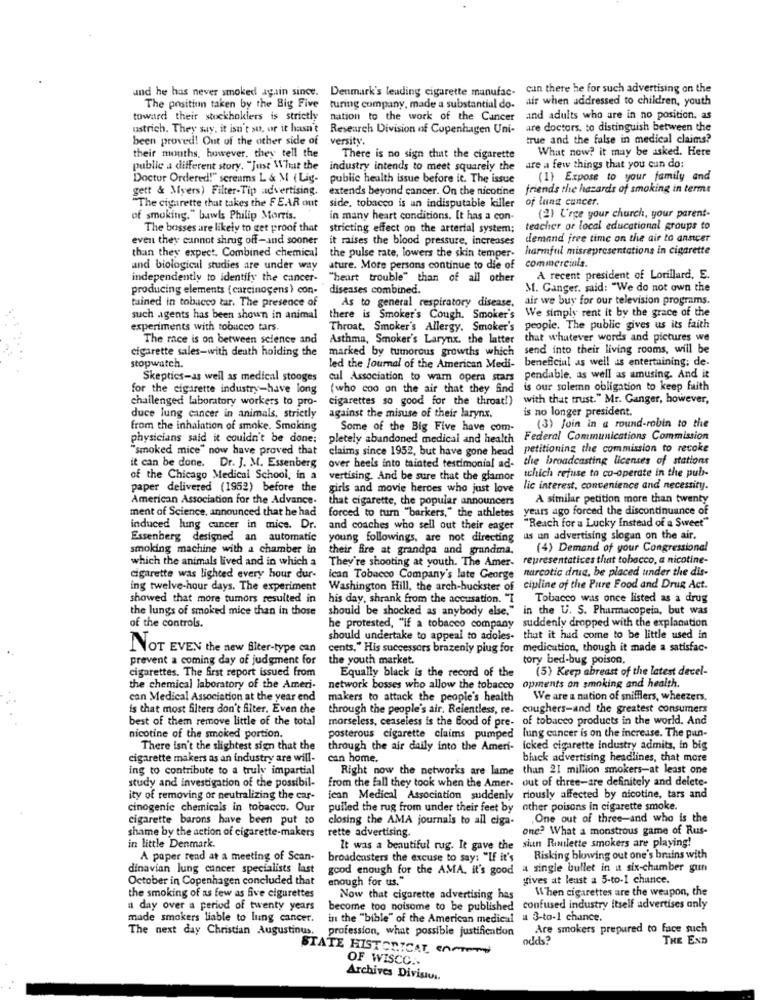
und he has never smoked again since.
Denmark's leading cigarette manufac-
can there he for such advertising on the
air when addressed to children, youth
The position taken by the Big Five
turing company, made a substantial do-
toward their stockholders is strictly
nation to the work of the Cancer
and adults who are in no position, as
ostrich. They say, it isn't so, or it hasn't
Research Division of Copenhagen Uni-
are doctors, to distinguish between the
been proved! Out of the other side of
versity.
true and the false in medical claims?
their mouths, however, they tell the
What now? it may be asked. Here
There is no sign that the cigarette
public a different story. "Just What the
industry intends to meet squarely the are a few things that you can do:
Doctor Ordered!" screams L & M ( Lig-
public health issue before it. The issue
(1} Expose to your family and
gett & Myers) Filter-Tip advertising.
extends beyond cancer. On the nicotine friends the hazards of smoking in terms
"The cigarette that takes the FEAR out
side, tobacco is un indisputable killer
of lung cancer.
of smoking." bawls Philip Morris.
in many heart conditions. It has a con-
(2) Urge your church, your parent-
The bosses are likely to get proof that
stricting effect on the arterial system;
teacher or local educational groups to
even they cannot shrug off-and sooner
it raises the blood pressure, increases
demand free time on the air to ansicer
than they expect. Combined chemical
harmful misrepresentations in cigarette
the pulse rate, lowers the skin temper-
commerciula.
and biological studies are under way
ature. More persons continue to die of
independently to identify the cancer-
"heart trouble" than of all other
A recent president of Lorillard, E.
producing elements ( carcinogens) con-
diseases combined.
M. Ganger. said: "We do not own the
tained in tobacco tar. The presence of
As to general respiratory disease.
air we buy for our television programs.
We simply rent it by the grace of the
such agents has been shown in animal
there is Smoker's Cough. Smoker's
experiments with tobucco tars.
Throat. Smoker's Allergy. Smoker's people. The public gives us its faith
The race is on between science and
Asthma, Smoker's Larynx, the latter that whatever words and pictures we
cigarette sales-with death holding the
marked by tumorous growths which
send into their living rooms, will be
stopwatch.
led the Journal of the American Medi-
beneficial as well as entertaining; de.
Skeptics-as well as medical stooges
cul Association to warn opera stars
pendable, as well as amusing. And it
for the cigarette industry-have long
(who coo on the air that they find
is our solemn obligation to keep faith
challenged laboratory workers to pro-
cigarettes so good for the throat!)
with that trust." Mr. Ganger, however,
is no longer president.
duce lung cancer in animals. strictly
against the misuse of their larynx.
from the inhalation of smoke. Smoking
Some of the Big Five have com-
(3) Join in a round-robin to the
physicians said it couldn't be done:
pletely abandoned medical and health
Federal Communications Commission
"smoked mice" now have proved that
claims since 1952, but have gone head petitioning the commission to revoke
over heels into tainted testimonial ad- the broadcasting licenses of stations
it can be done. Dr. J. M. Essenberg
of the Chicago Medical School, in a
vertising. And be sure that the glamor
tchich refuse to co-operate in the pub-
paper delivered (1952) before the
girls and movie heroes who just love
lic interest, convenience and necessity.
American Association for the Advance.
that cigarette, the popular announcers
A similar petition more than twenty
ment of Science, announced that he had
forced to turn "barkers," the athletes
years ago forced the discontinuance of
induced lung cancer in mice. Dr.
and coaches who sell out their eager
"Reach for a Lucky Instead of a Sweet"
Essenberg designed an automatic
young followings, are not directing us un advertising slogan on the air.
smoking machine with a chamber in
their fire at grandpa and grandma.
(4) Demand of your Congressional
which the animals lived and in which a
They're shooting at youth. The Amer- representatices that tobacco, a nicotine-
ican Tobacco Company's late George narcotic drua. be placed under the dis-
cigarette was lighted every hour dur-
ing twelve-hour days. The experiment
Washington Hill, the arch-buckster of cipline of the Putre Food and Drug Act.
showed that more tumors resulted in
his day, shrank from the accusation. "I
Tobacco was once listed as a drug
the lungs of smoked mice than in those
should be shocked as anybody else." in the U. S. Pharmacopein, but was
of the controls.
he protested, "if a tobacco company suddenly dropped with the explanation
should undertake to appeal to adoles- that it had come to be little used in
NOT EVEN the new Siter-type can
cents." His successors brazeniy plug for medication, though it made a satisfac-
prevent a coming day of judgment for
the youth market.
tory bed-bug poison,
cigarettes. The first report issued from
Equally black is the record of the
(5) Keep abreast of the latest decel-
the chemical laboratory of the Ameri-
network bosses who allow the tobacco
opments on smoking and health.
can Medical Association at the year end
makers to attack the people's health
We are a nation of snifflers, wheezers.
is that most filters don't filter. Even the
through the people's air. Relentless, re. coughers-and the greatest consumers
best of them remove little of the total
morseless, ceaseless is the food of pre- of tobacco products in the world. And
posterous cigarette claims pumped lung cancer is on the increase. The pun-
nicotine of the smoked portion.
There isn't the slightest sign that the
through the air daily into the Ameri- icked cigarette industry admits, In big
cigarette makers as an industry are will-
can home.
blick advertising headlines, that more
ing to contribute to a truly impartial
Right now the networks are lame than 21 million smokers-at least one
study and investigation of the possibil-
from the fall they took when the Amer- out of three-are definitely and delete-
ity of removing or neutralizing the car-
ican Medical Association suddenly riously affected by nicotine, tars and
cinogenic chemicals in tobacco. Our
pulled the rug from under their feet by other poisons in cigarette smoke.
cigarette barons have been put to
closing the AMA journals to all ciga-
.One out of three-and who is the
shame by the action of cigarette-makers
rette advertising.
one? What a monstrous game of Rus-
It was a beautiful rug. It gave the siun Roulette smokers are playing!
in little Denmark.
A paper rend at a meeting of Scan-
broadcasters the excuse to say: "If it's
Risking blowing out one's bruins with
dinavian lung cancer specialists last
good enough for the AMA. it's good
a single bullet in it six-chamber gun
October in Copenhagen concluded that
enough for us."
gives at least a 5-to-I chance.
When cigarettes are the weapon, the
the smoking of as few as five cigurettes
Now that cigarette advertising has
a day over a period of twenty years
become too noisome to be published confused industry itself advertises only
made smokers liable to lung cancer.
in the "bible" of the American medical a 3-to-1 chance.
The next day Christian Augustinus. profession, what possible justification
Are smokers prepared to face such
odds?
THE END
STATE HISTORICAT, ENPING
OF WISCC ..
Archives Divisivs.